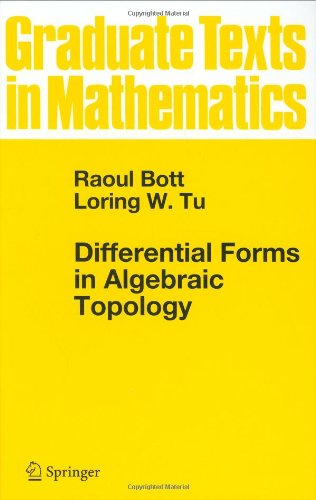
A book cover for Differential Forms in Algebraic Topology (Graduate Texts in Mathematics); Raoul Bott; Science & Math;